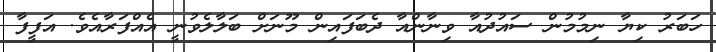
ހަބަރު ކިޔާ ނިމުމުން ސައުދުއާ ވިނާންއާ ދެބަފައިން މޫނަށް ބަލާލެވުނީ އެއްފަރާއެވެ. އަފީފާ